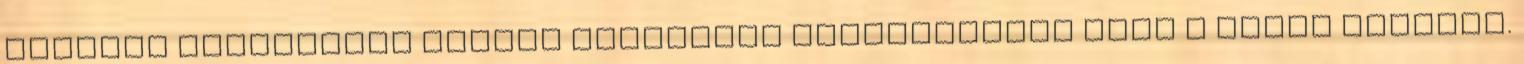
oldalak MINDENFÉLE LINKEK Mindennel kapcsolatban erre a címre írjanak.